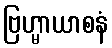
ဗြဟ္မာယာစနံ